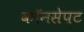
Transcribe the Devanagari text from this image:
कॉनसेप्ट